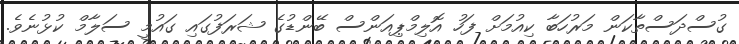
ގުސްދަސްތާކަން މަރުހަބާ ކިއުމަށް ފަހު އޮލިމްޕިއަންސް ބޭންޑުގެ ޝަރަފުގައި ގައުމީ ސަލާމް ކުޅުނެވެ.